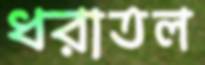
ধরাতল